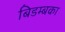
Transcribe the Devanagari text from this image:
बिडम्बका